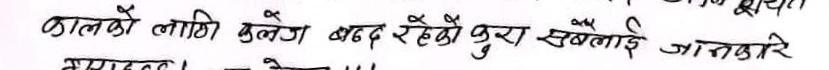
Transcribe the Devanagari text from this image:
कालको लागी मुलुक बन्द रहेको कुरा सबैलाई जानकारी गराउदछु । - सेवक !!!